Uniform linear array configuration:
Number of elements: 24
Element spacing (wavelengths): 1
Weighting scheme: blackman
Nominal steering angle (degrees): -15
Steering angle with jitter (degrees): -16.437
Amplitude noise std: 0.05
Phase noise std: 0.05

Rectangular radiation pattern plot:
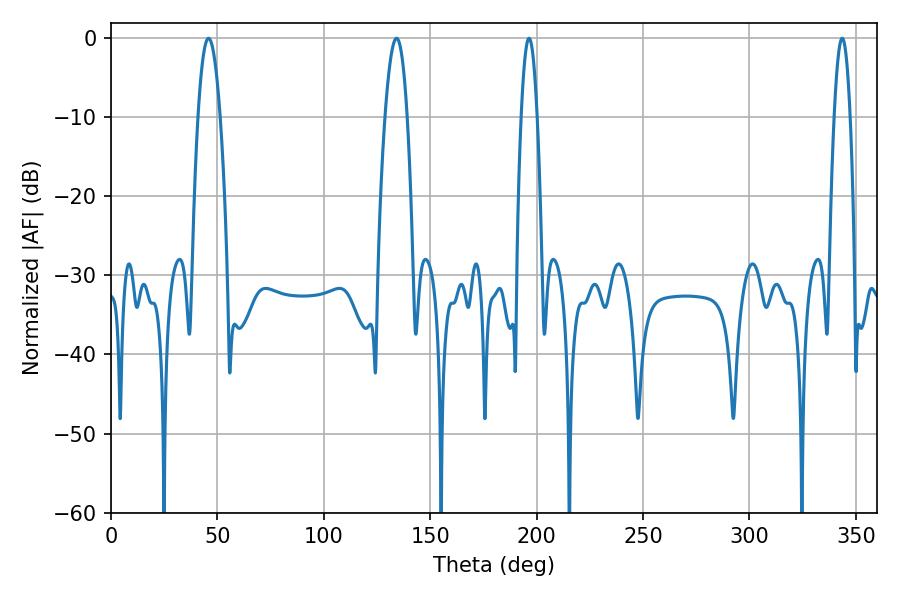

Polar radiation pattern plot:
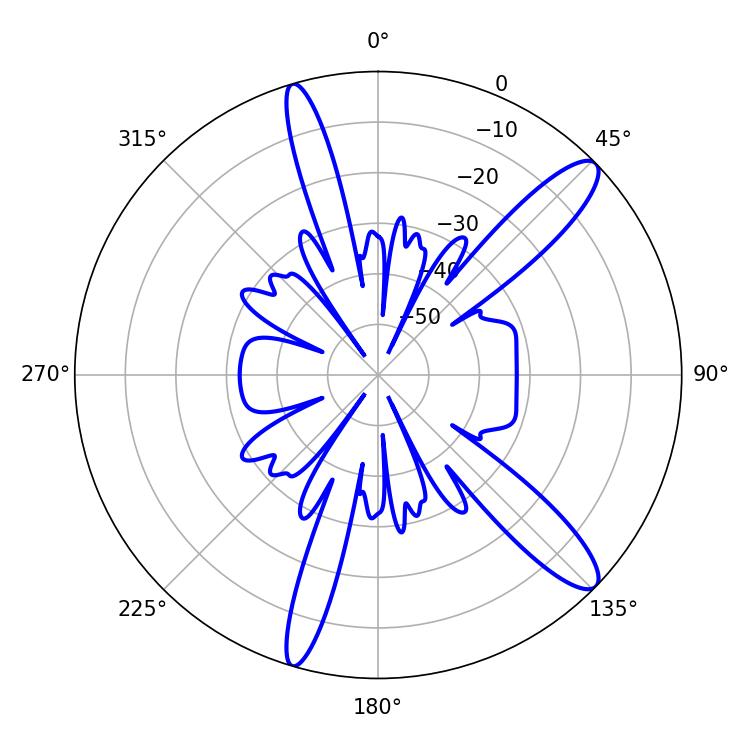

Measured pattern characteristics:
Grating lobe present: TRUE
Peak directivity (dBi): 12.57
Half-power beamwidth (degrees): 4.14
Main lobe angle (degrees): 196.38